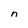
Character: n